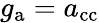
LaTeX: g_{\mathrm{a}}=a_{\textnormal{cc}}